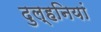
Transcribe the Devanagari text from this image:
दुल्हनियां